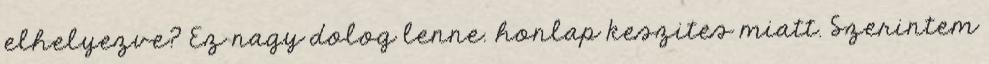
elhelyezve? Ez nagy dolog lenne. honlap keszites miatt. Szerintem